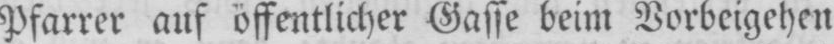
Pfarrer auf öffentlicher Gasse beim Vorbeigehen